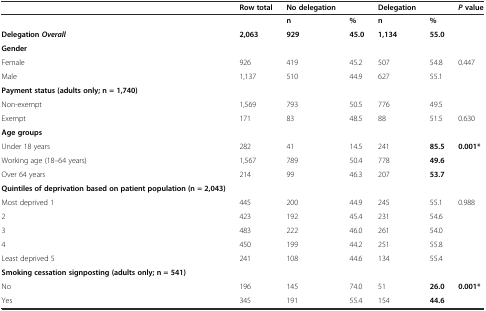
|  | Row total | No delegation |  | Delegation |  | Pvalue |
 | --- | --- | --- | --- | --- | --- | --- |
 |  |  | n | % | n | % |  |
 | DelegationOverall | 2,063 | 929 | 45.0 | 1,134 | 55.0 |  |
 | Gender |  |  |  |  |  |  |
 | Female | 926 | 419 | 45.2 | 507 | 54.8 | 0.447 |
 | Male | 1,137 | 510 | 44.9 | 627 | 55.1 |  |
 | Payment status (adults only; n = 1,740) |  |  |  |  |  |  |
 | Non-exempt | 1,569 | 793 | 50.5 | 776 | 49.5 |  |
 | Exempt | 171 | 83 | 48.5 | 88 | 51.5 | 0.630 |
 | Age groups |  |  |  |  |  |  |
 | Under 18 years | 282 | 41 | 14.5 | 241 | 85.5 | 0.001* |
 | Working age (18–64 years) | 1,567 | 789 | 50.4 | 778 | 49.6 |  |
 | Over 64 years | 214 | 99 | 46.3 | 207 | 53.7 |  |
 | Quintiles of deprivation based on patient population (n = 2,043) |  |  |  |  |  |  |
 | Most deprived 1 | 445 | 200 | 44.9 | 245 | 55.1 | 0.988 |
 | 2 | 423 | 192 | 45.4 | 231 | 54.6 |  |
 | 3 | 483 | 222 | 46.0 | 261 | 54.0 |  |
 | 4 | 450 | 199 | 44.2 | 251 | 55.8 |  |
 | Least deprived 5 | 241 | 108 | 44.6 | 134 | 55.4 |  |
 | Smoking cessation signposting (adults only; n = 541) |  |  |  |  |  |  |
 | No | 196 | 145 | 74.0 | 51 | 26.0 | 0.001* |
 | Yes | 345 | 191 | 55.4 | 154 | 44.6 |  |